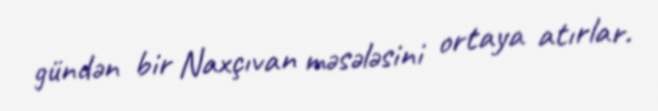
gündən bir Naxçıvan məsələsini ortaya atırlar.